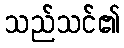
သည်သင်၏